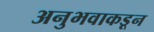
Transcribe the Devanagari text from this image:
अनुभवाकडून